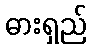
ဓားရှည်